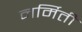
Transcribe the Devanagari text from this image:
नर्मिती